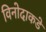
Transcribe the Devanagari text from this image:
विनोदाकडे